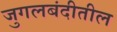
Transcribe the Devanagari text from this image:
जुगलबंदीतील